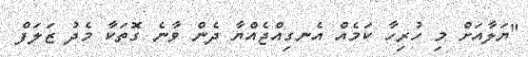
"ޔަލާއަށް މި ހުރިހާ ކަމެއް އެނގިއްޖެއްޔާ ދެން ވާނެ ގޮތަކާ މެދު ޒަލަފް